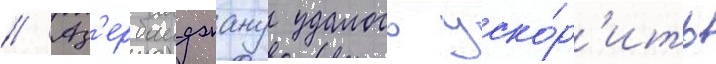
// Аз'ербаиджану удалось уско́р'ить